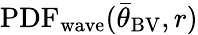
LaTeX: \mathrm{PDF_{wave}}({\bar{\theta}}_{\mathrm{BV}},r)